Madras plague regulations and rules - Volume 2
Disease focus: Plague
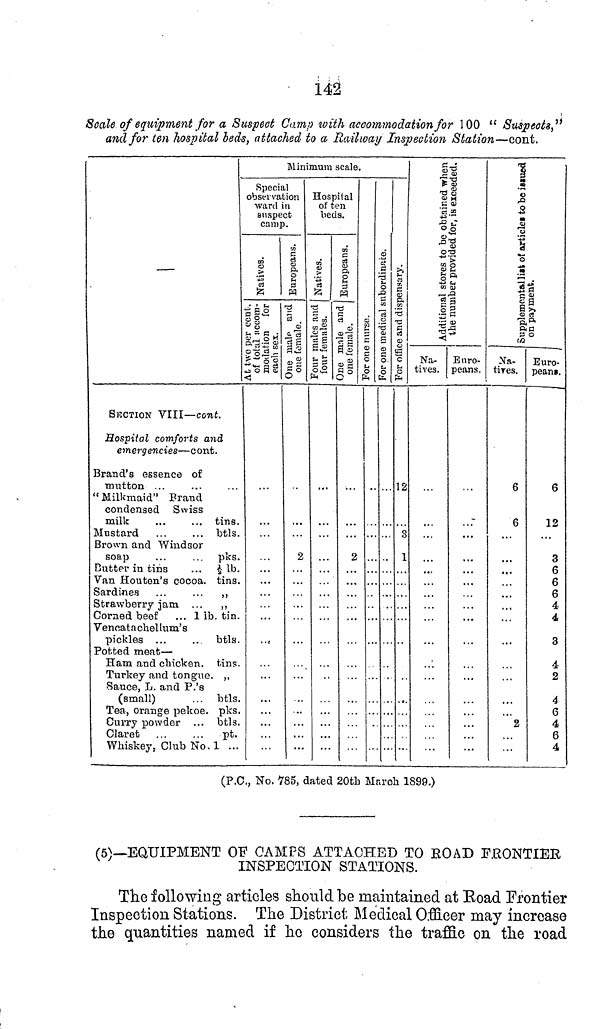
142
Scale of equipment for a Suspect Camp with accommodation for 100 "Suspects,"
and for ten hospital beds, attached to a Railway Inspection Station—cont.
—
SECTION VIII—cont.
Hospital comforts and
emergencies—cont.
Brand's essence of
mutton ...
"Milkmaid" Brand
condensed Swiss
milk
...
... tins.
Mustard
.
btls.
Brown and Windsor
soap
...
.. pks.
Butter in tins
... ½ lb.
Van Houten's cocoa, tins.
Sardines
...
... ,,
Strawberry jam ... ,,
Corned beef
... 1 lb. tin.
Vennat a chellum's
pickles ...
.. btls.
Potted meat —
Ham and chicken, tins.
Turkey and tongue. ,,
Sauce, L. and P.'s
(small)
. . . btls.
Tea, orange pekoe, pks.
Curry powder ... btls.
Claret
...
...
pt.
Whiskey. Club No. 1 ...
Minimum scale.
Special
observation
ward in
suspect
camp.
...
2
Hospital
of ten
beds.
2
12
3
1
Na-
tives.
Euro-
peans.
-
Na-
tives.
6
6
2
Euro-
peans.
6
12
3
6
6
6
4
4
3
4
2
4
6
4
6
4
(P.C., No. 785, dated 20th March 1899.)
(5)--EQUIPMENT OF CAMPS ATTACHED TO ROAD FRONTIER
INSPECTION STATIONS.
The following articles should be maintained at Road Frontier
Inspection Stations. The District Medical Officer may increase
the quantities named if he considers the traffic on the road